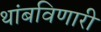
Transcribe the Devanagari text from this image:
थांबविणारी